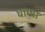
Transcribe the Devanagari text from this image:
धाग्या